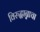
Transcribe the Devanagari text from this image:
विरुद्धान्नाचा